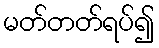
မတ်တတ်ရပ်၍